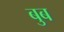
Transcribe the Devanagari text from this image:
बुब